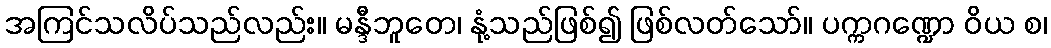
အကြင်သလိပ်သည်လည်း။ မန္ဒီဘူတေ၊ နုံ့သည်ဖြစ်၍ ဖြစ်လတ်သော်။ ပက္ကဂဏ္ဍော ဝိယ စ၊